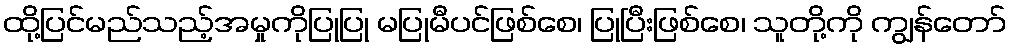
ထို့ပြင်မည်သည့်အမှုကိုပြုပြု မပြုမီပင်ဖြစ်စေ၊ ပြုပြီးဖြစ်စေ၊ သူတို့ကို ကျွန်တော်